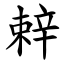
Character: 辢